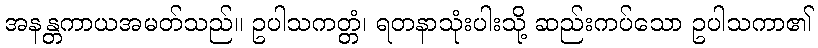
အနန္တကာယအမတ်သည်။ ဥပါသကတ္တံ၊ ရတနာသုံးပါးသို့ ဆည်းကပ်သော ဥပါသကာ၏